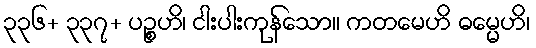
၃၃၆+ ၃၃၇+ ပဉ္စဟိ၊ ငါးပါးကုန်သော။ ကတမေဟိ ဓမ္မေဟိ၊